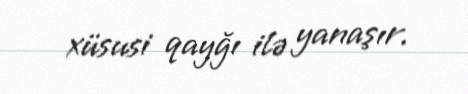
xüsusi qayğı ilə yanaşır.